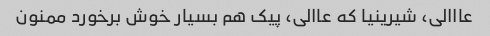
عااالی، شیرینیا که عاالی، پیک هم بسیار خوش برخورد ممنون